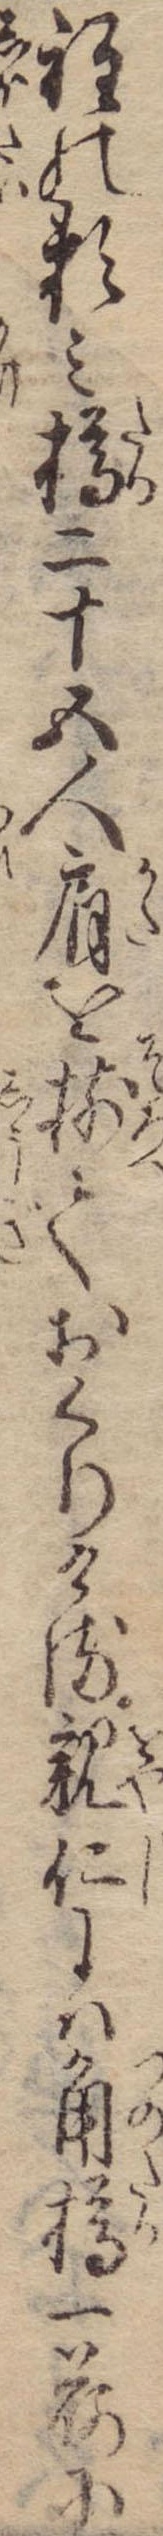
程の頼み樽二十五人肩を揃ておくりける親仁には角樽一荷に